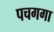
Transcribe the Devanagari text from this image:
पचगगा